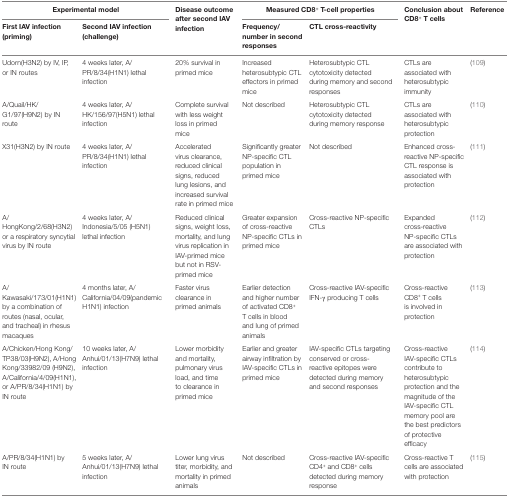
<table><thead><tr><td colspan="2"><b>Experimental model</b></td><td rowspan="2"><b>Disease outcome after second IAV infection</b></td><td colspan="2"><b>Measured CD8<sup>+</sup> T-cell properties</b></td><td rowspan="2"><b>Conclusion about CD8<sup>+</sup> T cells</b></td><td rowspan="2"><b>Reference</b></td></tr><tr><td><b>First IAV infection (priming)</b></td><td><b>Second IAV infection (challenge)</b></td><td><b>Frequency/number in second responses</b></td><td><b>CTL cross-reactivity</b></td></tr></thead><tbody><tr><td>Udorn(H3N2) by IV, IP, or IN routes</td><td>4 weeks later, A/PR/8/34(H1N1) lethal infection</td><td>20% survival in primed mice</td><td>Increased heterosubtypic CTL effectors in primed mice</td><td>Heterosubtypic CTL cytotoxicity detected during memory and second responses</td><td>CTLs are associated with heterosubtypic immunity</td><td>(109)</td></tr><tr><td>A/Quail/HK/G1/97(H9N2) by IN route</td><td>4 weeks later, A/HK/156/97(H5N1) lethal infection</td><td>Complete survival with less weight loss in primed mice</td><td>Not described</td><td>Heterosubtypic CTL cytotoxicity detected during memory response</td><td>CTLs are associated with heterosubtypic protection</td><td>(110)</td></tr><tr><td>X31(H3N2) by IN route</td><td>4 weeks later, A/PR/8/34(H1N1) lethal infection</td><td>Accelerated virus clearance, reduced clinical signs, reduced lung lesions, and increased survival rate in primed mice</td><td>Significantly greater NP-specific CTL population in primed mice</td><td>Not described</td><td>Enhanced cross-reactive NP-specific CTL response is associated with protection</td><td>(111)</td></tr><tr><td>A/HongKong/2/68(H3N2) or a respiratory syncytial virus by IN route</td><td>4 weeks later, A/Indonesia/5/05 (H5N1) lethal infection</td><td>Reduced clinical signs, weight loss, mortality, and lung virus replication in IAV-primed mice but not in RSV-primed mice</td><td>Greater expansion of cross-reactive NP-specific CTLs in primed mice</td><td>Cross-reactive NP-specific CTLs</td><td>Expanded cross-reactive NP-specific CTLs are associated with protection</td><td>(112)</td></tr><tr><td>A/Kawasaki/173/01(H1N1) by a combination of routes (nasal, ocular, and tracheal) in rhesus macaques</td><td>4 months later, A/California/04/09(pandemic H1N1) infection</td><td>Faster virus clearance in primed animals</td><td>Earlier detection and higher number of activated CD8<sup>+</sup> T cells in blood and lung of primed animals</td><td>Cross-reactive IAV-specific IFN-γ producing T cells</td><td>Cross-reactive CD8<sup>+</sup> T cells is involved in protection</td><td>(113)</td></tr><tr><td>A/Chicken/Hong Kong/TP38/03(H9N2), A/Hong Kong/33982/09 (H9N2), A/California/4/09(H1N1), or A/PR/8/34(H1N1) by IN route</td><td>10 weeks later, A/Anhui/01/13(H7N9) lethal infection</td><td>Lower morbidity and mortality, pulmonary virus load, and time to clearance in primed mice</td><td>Earlier and greater airway infiltration by IAV-specific CTLs in primed mice</td><td>IAV-specific CTLs targeting conserved or cross-reactive epitopes were detected during memory and second responses</td><td>Cross-reactive IAV-specific CTLs contribute to heterosubtypic protection and the magnitude of the IAV-specific CTL memory pool are the best predictors of protective efficacy</td><td>(114)</td></tr><tr><td>A/PR/8/34(H1N1) by IN route</td><td>5 weeks later, A/Anhui/01/13(H7N9) lethal infection</td><td>Lower lung virus titer, morbidity, and mortality in primed animals</td><td>Not described</td><td>Cross-reactive IAV-specific CD4<sup>+</sup> and CD8<sup>+</sup> cells detected during memory response</td><td>Cross-reactive T cells are associated with protection</td><td>(115)</td></tr></tbody></table>